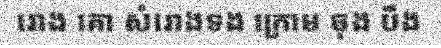
រោង គោ សំរោងទង ក្រោម ចុង បឹង